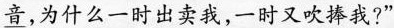
音，为什么一时出卖我，一时又吹捧我?”